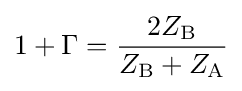
{{1+\Gamma }={{2Z_{\mathrm {B} }} \over {Z_{\mathrm {B} }+Z_{\mathrm {A} }}}}